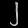
Digit: ၂